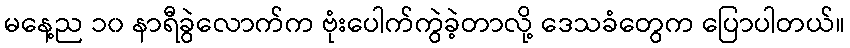
မနေ့ည ၁၀ နာရီခွဲလောက်က ဗုံးပေါက်ကွဲခဲ့တာလို့ ဒေသခံတွေက ပြောပါတယ်။